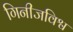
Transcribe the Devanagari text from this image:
गिनीजविश्व